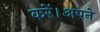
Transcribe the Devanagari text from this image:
करें।अपने